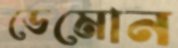
ডেমোন